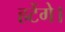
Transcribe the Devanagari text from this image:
हटेंगे।